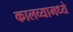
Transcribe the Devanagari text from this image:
कालव्यामध्ये